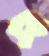
ক